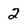
Character: 2